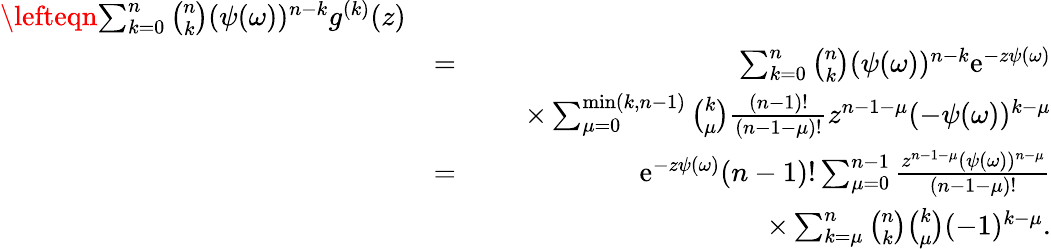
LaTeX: \begin{array}{rlr}{\lefteqn{\sum_{k=0}^{n}\binom{n}{k}(\psi(\omega))^{n-k}g^{(k)}(z)}}\\ &{=}&{\sum_{k=0}^{n}\binom{n}{k}(\psi(\omega))^{n-k}\mathrm e^{-z\psi(\omega)}}\\ &{}&{\quad\times\sum_{\mu=0}^{\operatorname*{min}(k,n-1)}\binom{k}{\mu}\frac{(n-1)!}{(n-1-\mu)!}z^{n-1-\mu}(-\psi(\omega))^{k-\mu}}\\ &{=}&{\mathrm e^{-z\psi(\omega)}(n-1)!\sum_{\mu=0}^{n-1}\frac{z^{n-1-\mu}(\psi(\omega))^{n-\mu}}{(n-1-\mu)!}}\\ &{}&{\qquad\qquad\qquad\qquad\qquad\times\sum_{k=\mu}^{n}\binom{n}{k}\binom{k}{\mu}(-1)^{k-\mu}.}\end{array}